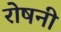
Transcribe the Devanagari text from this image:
रोषनी